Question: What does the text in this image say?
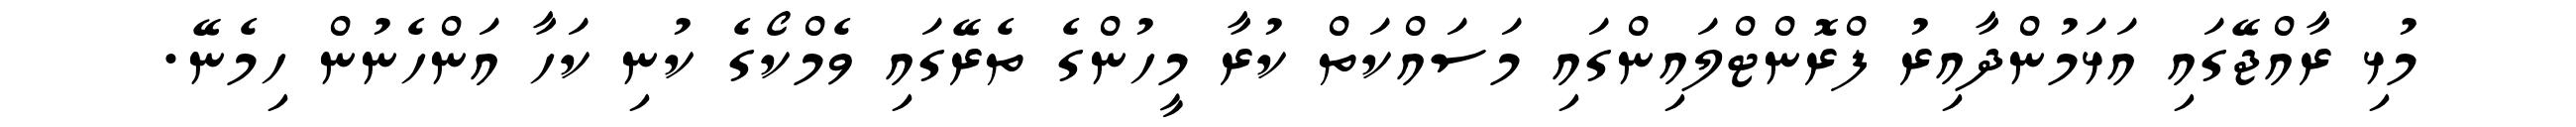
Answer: މުޅި ރާއްޖޭގައި އަޅަމުންދާއިރު ފްރޮންޓްލައިންގައި މަސައްކަތް ކުރާ މީހުންގެ ތެރޭގައި ވެމްކޯގެ ކުނި ކަހާ އަންހެނުން ހިމެނޭ.